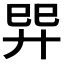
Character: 𢌴